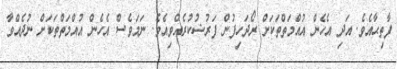
ފާތިޙާއެވެ. އަދި އެހެން އުއްމަތްތަކަށް ރޯދަހިފުން ފަރުޟުކުރެއްވިއެވެ. ނަމަވެސް އެހެން އުއްމަތްތަކަށް ނުދެއްވާ